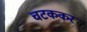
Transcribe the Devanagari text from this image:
चटककर